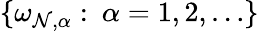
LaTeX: \{ \omega_{\mathcal{N},\alpha}:\: \alpha=1,2,\ldots\}